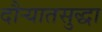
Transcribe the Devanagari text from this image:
दौर्‍यातसुद्धा